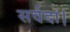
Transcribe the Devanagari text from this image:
सर्वदा।